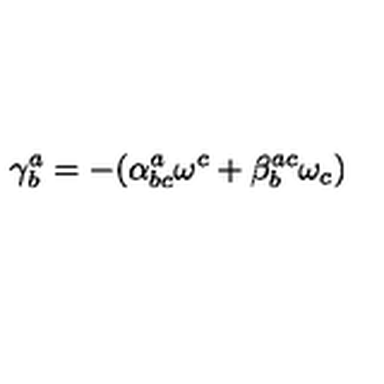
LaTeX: \mathbf { \gamma } _ { b } ^ { a } = - ( \alpha _ { b c } ^ { a } \mathbf { \omega } ^ { c } + \beta _ { b } ^ { a c } \mathbf { \omega } _ { c } )